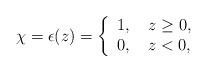
LaTeX: \begin{align*}\chi=\epsilon (z)=\left\{\begin{array}{l}1, ~~~z\geq 0,\\0, ~~~z< 0,\end{array}\right.\end{align*}